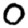
Digit: 0